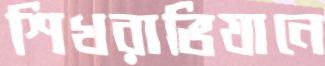
শিখরাভিযানে